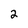
Character: 2